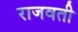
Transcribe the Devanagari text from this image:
राजवती